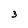
Character: 3